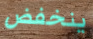
ينخفض